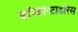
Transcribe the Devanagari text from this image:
कॉन्कीस्टाडोरस